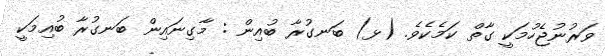
ވަރުނުޖެހުމަކީ ގާތް ކަމެކެވެ. (ޅ) ބަނގުރާ ބުއިން : މާގިނައިން ބަނގުރާ ބުއިމަކީ